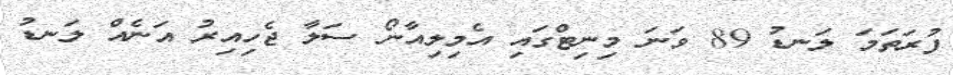
ފުރަތަމަ ލަނޑު 89 ވަނަ މިނިޓްގައި އެމިލިއާނޯ ސަލާ ޖެހިއިރު އަނެއް ލަނޑު